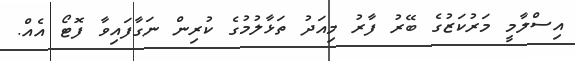
އިސްލާމީ މަރުކަޒުގެ ބޭރު ފާރު މިއަދު ތަޅާލުމުގެ ކުރިން ނަގާފައިވާ ފޮޓޯ އެެއް.